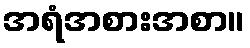
အရံအစားအစာ။